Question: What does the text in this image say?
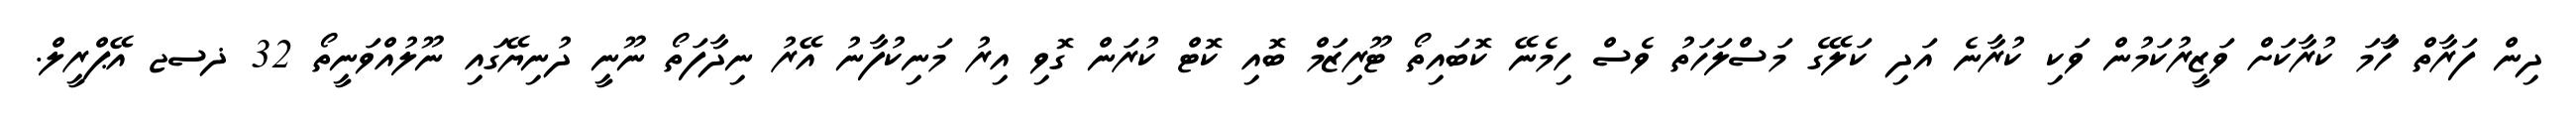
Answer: ދިން ފަރާތް ހަާމަ ކުރާކަށް ވަޒީރުކަމުން ވަކި ކުރާނެ އަދި ކަލޭގެ މަސްލަހަތު ވެސް ހިމެނޭ ކޮބައިތޯ ޓޫރިޒަމް ބޮއި ކޮޓް ކުރަން ގޮވި އިރު މަނިކުފާނު އޭރު ނިދާފަތޯ ނޫނީ ދުނިޔޭގައި ނޫލުއްވަނީތޯ 32 ޛސޖ އޭޕްރީލް.